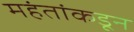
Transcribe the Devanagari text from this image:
महंतांकडून